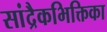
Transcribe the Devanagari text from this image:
सांद्रैकभिक्तिका